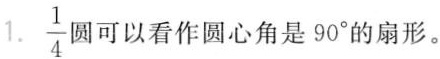
5.用3根同样长的铁丝分别围成一个正方形、一个长方形和一个圆形，围成的圆形的